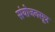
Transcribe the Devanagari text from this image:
संयोजनसूत्र